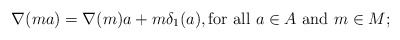
\begin{align*}\nabla(ma) = \nabla(m)a + m\delta_1(a), \mbox{for all $a\in A$ and $m\in M$;}\end{align*}